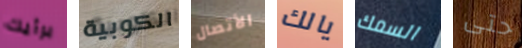
برأيك الكوبية الأتصال يالك السمك حتى